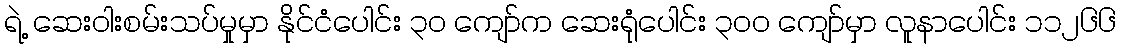
ရဲ့ ဆေးဝါးစမ်းသပ်မှုမှာ နိုင်ငံပေါင်း ၃၀ ကျော်က ဆေးရုံပေါင်း ၃၀၀ ကျော်မှာ လူနာပေါင်း ၁၁၂၆၆